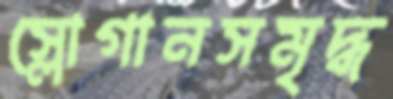
স্লোগানসমৃদ্ধ